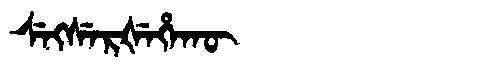
Manchu: ᠰᡝᡴᠰᡝᡵᡧᡝᡥᠠᡴᡡ
Romanization: SEKSERŠEHAKŪ